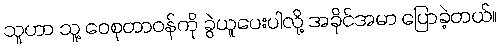
သူဟာ သူ့ ဝေစုတာဝန်ကို ခွဲယူပေးပါလို့ အခိုင်အမာ ပြောခဲ့တယ်။